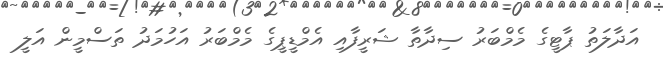
އަދާލަތު ޕާޓީގެ މެމްބަރު ސިދާތާ ޝަރީފާއި އެމްޑީޕީގެ މެމްބަރު އަހުމަދު ތަސްމީން އަލީ